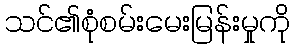
သင်၏စုံစမ်းမေးမြန်းမှုကို